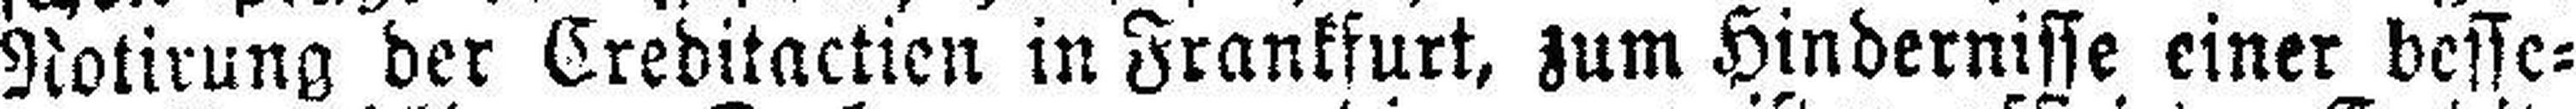
Notirung der Creditactien in Frankfurt, zum Hindernisse einer besse¬